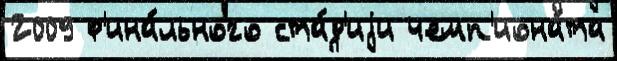
2009 ф'ина́льного ста́д'иjи чемп'иона́та